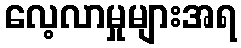
လေ့လာမှုများအရ